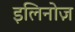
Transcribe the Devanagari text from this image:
इलिनोज़